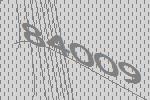
84009